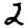
Digit: 2